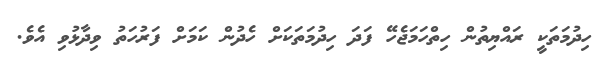
ހިދުމަތަކީ ރައްޔިތުން ހިތްހަމަޖެހޭ ފަދަ ހިދުމަތަކަށް ހެދުން ކަމަށް ފަރުހަތު ވިދާޅުވި އެވެ.